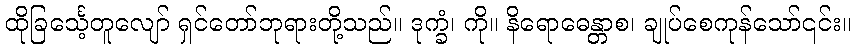
ထိုခြင်္သေ့တူလျော် ရှင်တော်ဘုရားတို့သည်။ ဒုက္ခံ၊ ကို။ နိရောဓေန္တာစ၊ ချုပ်စေကုန်သော်၎င်း။